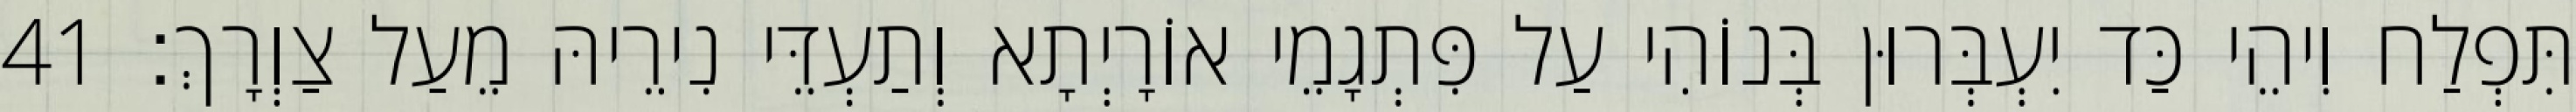
תִּפְלַח וִיהֵי כַּד יִעְבְּרוּן בְּנוֹהִי עַל פִּתְגָמֵי אוֹרָיְתָא וְתַעְדֵּי נִירֵיהּ מֵעַל צַוְרָךְ׃ 41